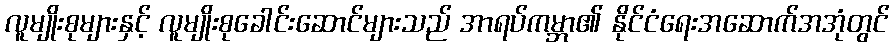
လူမျိုးစုများနှင့် လူမျိုးစုခေါင်းဆောင်များသည် အာရပ်ကမ္ဘာ၏ နိုင်ငံရေးအဆောက်အအုံတွင်